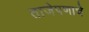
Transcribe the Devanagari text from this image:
ताजेपणाचे